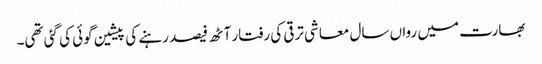
بھارت میں رواں سال معاشی ترقی کی رفتار آٹھ فیصد رہنے کی پیشین گوئی کی گئی تھی۔